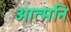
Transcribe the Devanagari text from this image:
आत्मनि